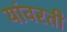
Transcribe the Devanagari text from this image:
यांवरती